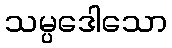
သမ္ပဒေါသော